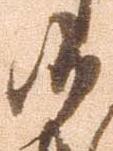
候